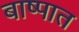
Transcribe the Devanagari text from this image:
बाष्पात